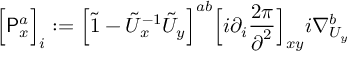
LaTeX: \Big [ { \sf P } _ { \boldsymbol { x } } ^ { a } \Big ] _ { i } : = \Big [ \Tilde { \boldsymbol { 1 } } - \Tilde U _ { \boldsymbol { x } } ^ { - 1 } \Tilde U _ { \boldsymbol { y } } \Big ] ^ { a b } \Big [ i \partial _ { i } \frac { 2 \pi } { \boldsymbol { \partial } ^ { 2 } } \Big ] _ { \boldsymbol { x y } } i \nabla _ { U _ { \boldsymbol { y } } } ^ { b }